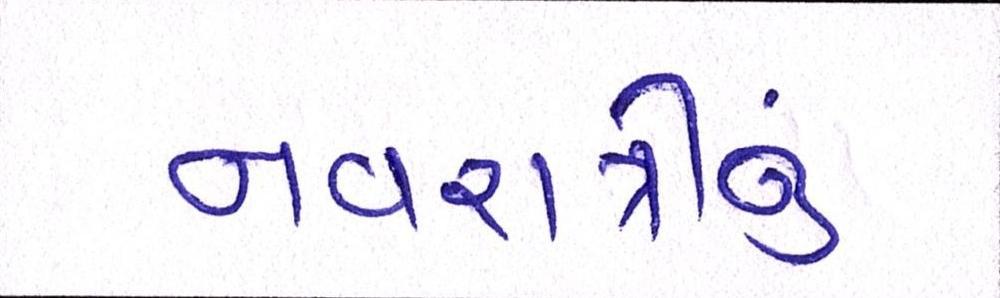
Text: નવરાત્રીનું